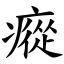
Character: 瘲